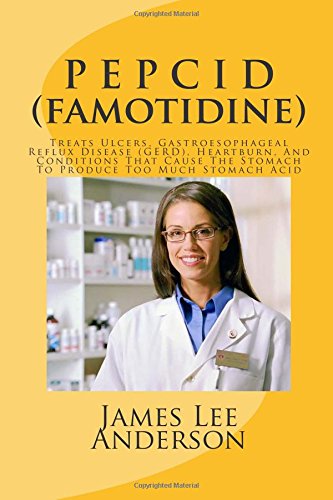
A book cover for P E P C I D (Famotidine): Treats Ulcers, Gastroesophageal Reflux Disease (GERD), Heartburn, And Conditions That Cause The Stomach To Produce Too Much Stomach Acid; James Lee Anderson; Health, Fitness & Dieting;